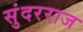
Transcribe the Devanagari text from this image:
सुंदरराज